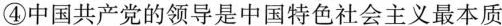
④中国共产党的领导是中国特色社会主义最本质